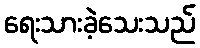
ရေးသားခဲ့သေးသည်